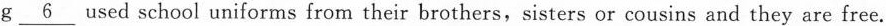
g\underline{6} used school uniforms from their brothers,sisters or cousins and they are free.